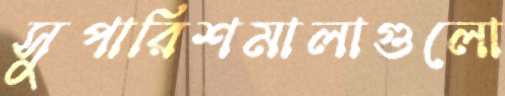
সুপারিশমালাগুলো